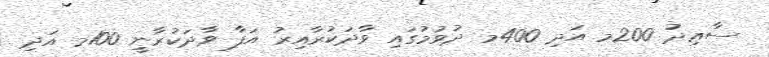
ސާޢިދު 200މ އަދި 400މ ދުވުމުގައި ވާދަކުރާއިރު އަފާ ވާދަކުރާނީ 100މ އަދި